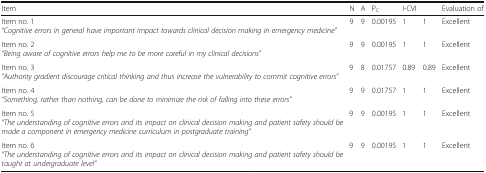
| Item | N | A | PC | I-CVI |  | Evaluation of |
 | --- | --- | --- | --- | --- | --- | --- |
 | Item no. 1“Cognitive errors in general have important impact towards clinical decision making in emergency medicine” | 9 | 9 | 0.00195 | 1 | 1 | Excellent |
 | Item no. 2“Being aware of cognitive errors help me to be more careful in my clinical decisions” | 9 | 9 | 0.00195 | 1 | 1 | Excellent |
 | Item no. 3“Authority gradient discourage critical thinking and thus increase the vulnerability to commit cognitive errors” | 9 | 8 | 0.01757 | 0.89 | 0.89 | Excellent |
 | Item no. 4“Something, rather than nothing, can be done to minimize the risk of falling into these errors” | 9 | 9 | 0.01757 | 1 | 1 | Excellent |
 | Item no. 5“The understanding of cognitive errors and its impact on clinical decision making and patient safety should be made a component in emergency medicine curriculum in postgraduate training” | 9 | 9 | 0.00195 | 1 | 1 | Excellent |
 | Item no. 6“The understanding of cognitive errors and its impact on clinical decision making and patient safety should be taught at undergraduate level” | 9 | 9 | 0.00195 | 1 | 1 | Excellent |